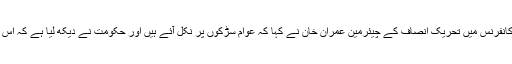
منگل کو لاہور میں ایک پریس کانفرنس میں تحریک انصاف کے چیئرمین عمران خان نے کہا کہ عوام سڑکوں پر نکل آئے ہیں اور حکومت نے دیکھ لیا ہے کہ اس کے پاس کیا مینڈیٹ رہ گیا ہے۔